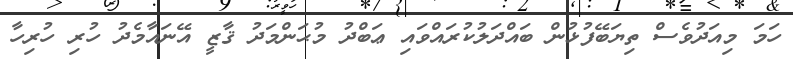
ހަމަ މިއަދުވެސް ތިޔަބޭފުޅުން ބައްދަލުކުރައްވައި ޢަބްދު މުޙަންމަދު ޤާޒީ އޭނައާމެދު ހުރި ހުރިހާ